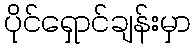
ပိုင်ရှောင်ချန်းမှာ